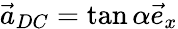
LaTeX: \vec{a}_{DC}=\tan\alpha\vec{e}_{x}